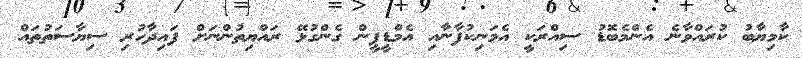
ކާމިޔާބު ކުރައްވާނެ އެންމެބޮޑު ސިއްރަކީ އެމަނިކުފާނާއި އެމްޑީޕީން ގެންގުޅޭ ރައްޔިތުންނަށް ފައިދާހުރި ސިޔާސަތުތައް